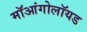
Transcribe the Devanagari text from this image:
मॉआंगोलॉयड